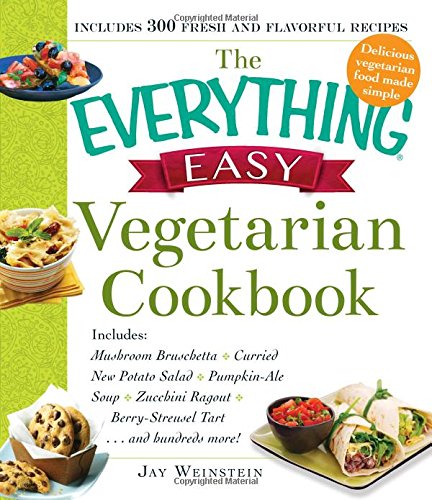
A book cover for The Everything Easy Vegetarian Cookbook: Includes Mushroom Bruschetta, Curried New Potato Salad, Pumpkin-Ale Soup, Zucchini Ragout, Berry-Streusel Tart...and Hundreds More!; Jay Weinstein; Cookbooks, Food & Wine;